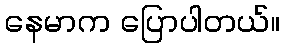
နေမာက ပြောပါတယ်။